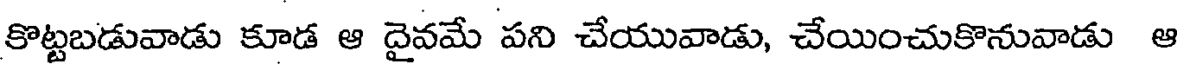
కొట్టబడువాడు కూడ ఆ దైవమే పని చేయువాడు, చేయించుకొనువాడు ఆ